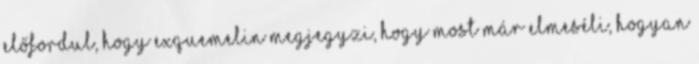
előfordul, hogy Exquemelin megjegyzi, hogy most már elmeséli, hogyan